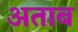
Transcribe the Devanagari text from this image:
अताब